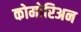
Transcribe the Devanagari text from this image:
कोमोरिअन